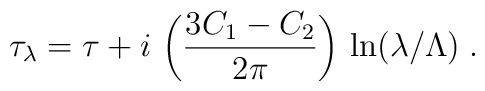
\tau_\lambda=\tau+i\,\left(\frac{3C_1-C_2}{2\pi}\right)\,\ln(\lambda/\Lambda)\;.